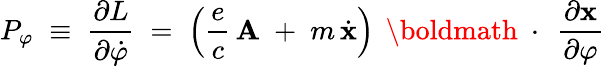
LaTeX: P_{\varphi}\; \equiv\; \frac{\partial L}{\partial\dot{\varphi}}\; =\; \left(\frac{e}{c}\, {\mathbf A}\; +\; m\, \dot{\mathbf x}\right)\, \mathrm{~\boldmath~\cdot~}\, \frac{\partial\mathbf x}{\partial\varphi}